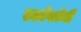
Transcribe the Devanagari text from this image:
स्कोफोनी